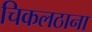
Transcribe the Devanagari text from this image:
चिकलठाना